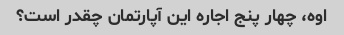
اوه، چهار پنج اجاره این آپارتمان چقدر است؟